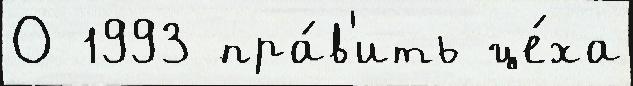
О 1993 пра́в'ить це́ха